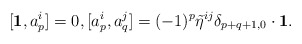
\begin{align*}[\mathbf{1}, a^i_p]=0,[a^i_p, a^j_q]=(-1)^p \tilde{\eta}^{ij}\delta_{p+q+1,0}\cdot\mathbf{1}.\end{align*}